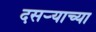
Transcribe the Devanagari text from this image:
दसऱ्‍याच्या